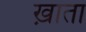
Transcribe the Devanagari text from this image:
ख़ाता